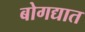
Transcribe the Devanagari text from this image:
बोगद्यात